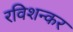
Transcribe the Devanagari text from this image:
रविशन्कर